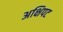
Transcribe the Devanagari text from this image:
अक्षिपट